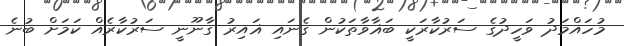
މުހައްމަދު ވަހީދުގެ ސަރުކާރަކީ ބަޣާވާތަކުން ގެނައި ޣައިރު ގާނޫނީ ސަރުކާރެއް ކަމަށް ބުނެ